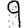
Digit: 9